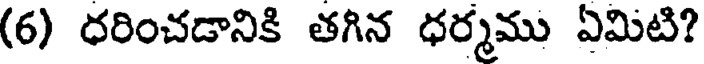
(6) ధరించడానికి తగిన ధర్మము ఏమిటి?